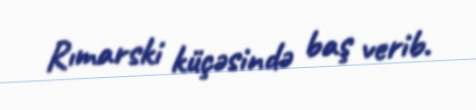
Rımarski küçəsində baş verib.